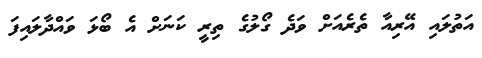
އަތުލައި އޭރިއާ ތެރެއަށް ވަދެ ގޯލުގެ ތިރީ ކަނަށް އެ ބޯޅަ ވައްދާލައިފަ